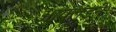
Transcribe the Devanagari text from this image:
आयलंडने